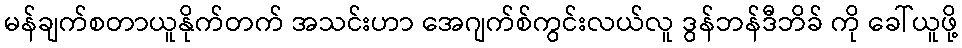
မန်ချက်စတာယူနိုက်တက် အသင်းဟာ အေဂျက်စ်ကွင်းလယ်လူ ဒွန်ဘန်ဒီဘိခ် ကို ခေါ်ယူဖို့